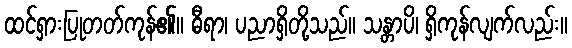
ထင်ရှားပြုတတ်ကုန်၏။ ဓီရာ၊ ပညာရှိတို့သည်။ သန္တာပိ၊ ရှိကုန်လျက်လည်း။